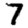
Digit: 7